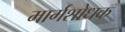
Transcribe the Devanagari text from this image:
मार्गशोधक